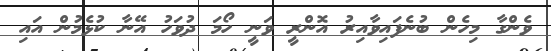
ވެންގާ މިހެން ބުނެފައިވާއިރު އޮންރީ ވަނީ ހޯމަ ދުވަހު އޭނާ ކުޅެމުން އައި